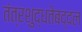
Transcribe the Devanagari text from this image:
तंत्रशुद्धतेबद्दल